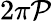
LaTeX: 2\pi\mathcal{P}